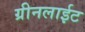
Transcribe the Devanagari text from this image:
ग्रीनलाईट